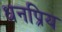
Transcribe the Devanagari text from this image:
धनप्रिय